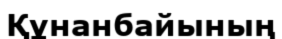
Құнанбайының